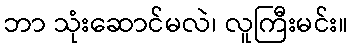
ဘာ သုံးဆောင်မလဲ၊ လူကြီးမင်း။